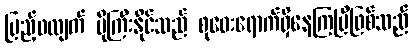
ပြည့်ဝလျက် ပိုကြီးနိုင်သည် စုဝေးရောက်ရှိနေကြပြီဖြစ်သည်